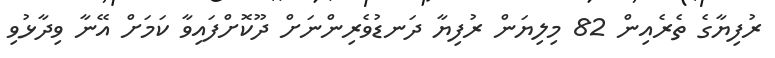
ރުފިޔާގެ ތެރެއިން 82 މިލިޔަން ރުފިޔާ ދަނޑުވެރިންނަށް ދޫކޮށްފައިވާ ކަމަށް އޭނާ ވިދާޅުވި